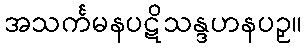
အသင်္ကမနပဋိသန္ဒဟနပဉှ။